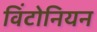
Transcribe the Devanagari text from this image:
विंटोनियन